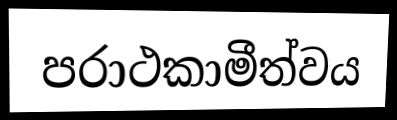
පරාථකාමීත්වය